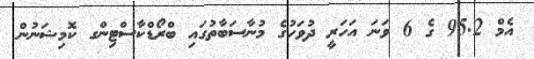
އެމް 95.2 ގެ 6 ވަނަ އަހަރީ ދުވަހުގެ މުނާސަބާތުގައި ބްރޯޑްކާސްޓިންގ ކޮމިޝަނުން